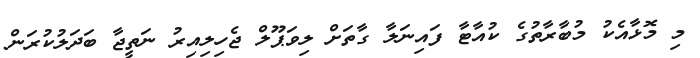
މި މޮޅާއެކު މުބާރާތުގެ ކުއާޓާ ފައިނަލާ ގާތަށް ލިވަޕޫލް ޖެހިލިއިރު ނަތީޖާ ބަދަލުކުރަން